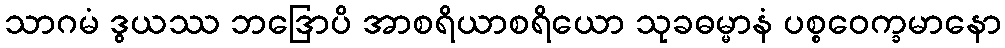
သာဂမံ ဒွယဿ ဘဒြောပိ အာစရိယာစရိယော သုခဓမ္မာနံ ပစ္စဝေက္ခမာနော